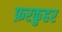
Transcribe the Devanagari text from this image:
फ़रकुहर